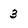
Character: 3